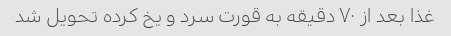
غذا بعد از ۷۰ دقیقه به قورت سرد و یخ کرده تحویل شد